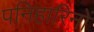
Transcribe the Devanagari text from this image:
पनिहारिनों